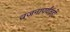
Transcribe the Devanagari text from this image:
वजनापर्यंतही